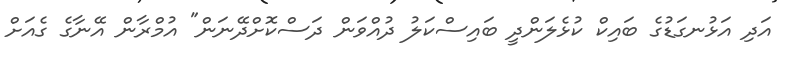
އަދި އަޅުނގަޑުގެ ބައިކް ކުޅެލަންދީ ބައިސްކަލު ދުއްވަން ދަސްކޮށްދޭނަން" އުމްރާން އޭނާގެ ގެއަށް